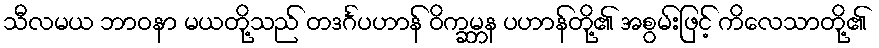
သီလမယ ဘာဝနာ မယတို့သည် တဒင်္ဂပဟာန် ဝိက္ခမ္ဘန ပဟာန်တို့၏ အစွမ်းဖြင့် ကိလေသာတို့၏